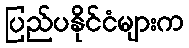
ပြည်ပနိုင်ငံများက